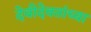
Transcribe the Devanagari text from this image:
देवीदेवतांच्या